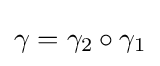
\gamma =\gamma _{2}\circ \gamma _{1}